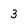
Character: 3